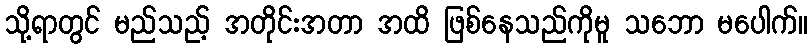
သို့ရာတွင် မည်သည့် အတိုင်းအတာ အထိ ဖြစ်နေသည်ကိုမူ သဘော မပေါက်။